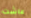
عاشت